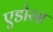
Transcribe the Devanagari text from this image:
एडोरस